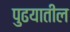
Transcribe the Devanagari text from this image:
पुढयातील